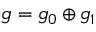
{ \mathfrak { g } } = { \mathfrak { g } } _ { 0 } \oplus { \mathfrak { g } } _ { 1 }